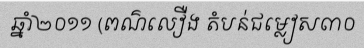
ឆ្នាំ២០១១ (ពណ៌លឿង តំបន់ជម្លៀស៣០